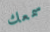
سمعك